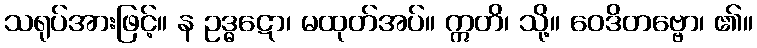
သရုပ်အားဖြင့်။ န ဥဒ္ဓဋော၊ မထုတ်အပ်။ ဣတိ၊ သို့။ ဝေဒိတဗ္ဗော၊ ၏။